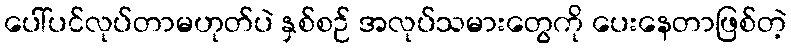
ပေါ်ပင်လုပ်တာမဟုတ်ပဲ နှစ်စဉ် အလုပ်သမားတွေကို ပေးနေတာဖြစ်တဲ့